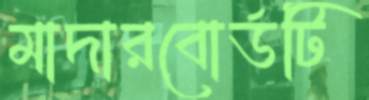
মাদারবোর্ডটি